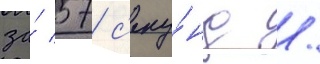
за́ 57 с'еку́нд /